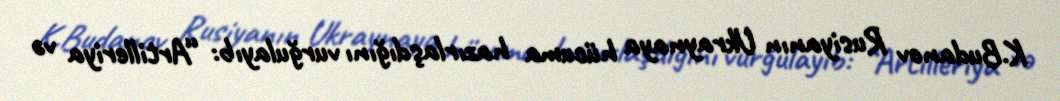
K.Budanov Rusiyanın Ukraynaya hücuma hazırlaşdığını vurğulayıb: “Artilleriya və